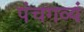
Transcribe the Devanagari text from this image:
पंचगव्यं